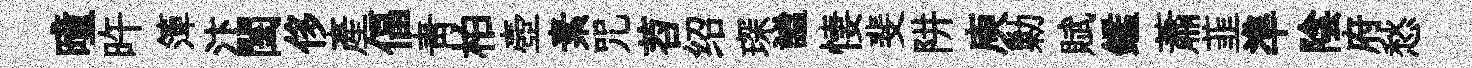
曈旿𥱼汴閨侈産偪靑柏壺素咒苕绍琛謐悽斐阱庾勦賦鑑蕭韮準陰府愁